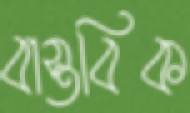
বাস্তবিক